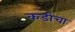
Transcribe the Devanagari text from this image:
कडीचा